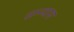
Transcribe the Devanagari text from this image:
सन्न्यास